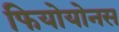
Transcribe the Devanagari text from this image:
फियोयोनस